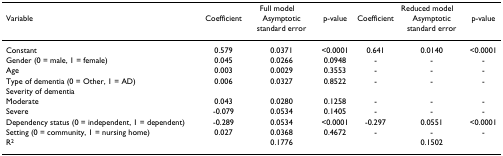
<table><thead><tr><td></td><td colspan="3"><b>Full model</b></td><td colspan="3"><b>Reduced model</b></td></tr><tr><td><b>Variable</b></td><td><b>Coefficient</b></td><td><b>Asymptotic standard error</b></td><td><b>p-value</b></td><td><b>Coefficient</b></td><td><b>Asymptotic standard error</b></td><td><b>p-value</b></td></tr></thead><tbody><tr><td>Constant</td><td>0.579</td><td>0.0371</td><td>&lt;0.0001</td><td>0.641</td><td>0.0140</td><td>&lt;0.0001</td></tr><tr><td>Gender (0 = male, 1 = female)</td><td>0.045</td><td>0.0266</td><td>0.0948</td><td>-</td><td>-</td><td>-</td></tr><tr><td>Age</td><td>0.003</td><td>0.0029</td><td>0.3553</td><td>-</td><td>-</td><td>-</td></tr><tr><td>Type of dementia (0 = Other, 1 = AD)</td><td>0.006</td><td>0.0327</td><td>0.8522</td><td>-</td><td>-</td><td>-</td></tr><tr><td colspan="7">Severity of dementia</td></tr><tr><td>Moderate</td><td>0.043</td><td>0.0280</td><td>0.1258</td><td>-</td><td>-</td><td>-</td></tr><tr><td>Severe</td><td>-0.079</td><td>0.0534</td><td>0.1405</td><td>-</td><td>-</td><td>-</td></tr><tr><td>Dependency status (0 = independent, 1 = dependent)</td><td>-0.289</td><td>0.0534</td><td>&lt;0.0001</td><td>-0.297</td><td>0.0551</td><td>&lt;0.0001</td></tr><tr><td>Setting (0 = community, 1 = nursing home)</td><td>0.027</td><td>0.0368</td><td>0.4672</td><td>-</td><td>-</td><td>-</td></tr><tr><td>R<sup>2</sup></td><td></td><td>0.1776</td><td></td><td></td><td>0.1502</td><td></td></tr></tbody></table>